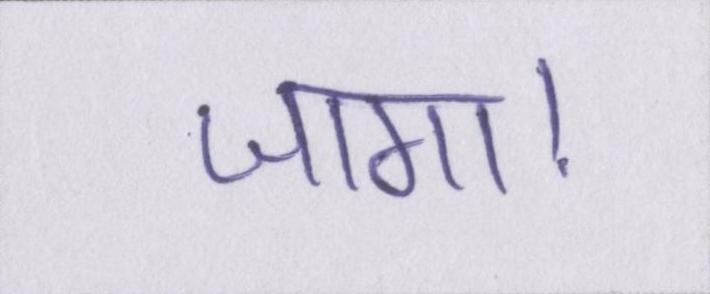
जागा।